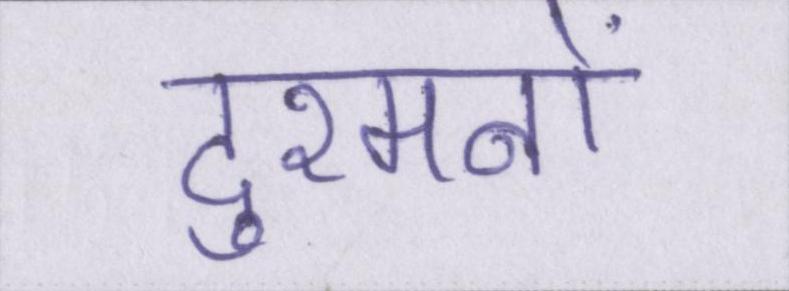
दुश्मनों